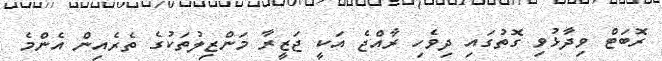
ރޮބަޓް ވިދާޅުވި ގޮތުގައި ދިވެހި ރާއްޖެ އަކީ ޖަޒީރާ މަންޒިލުތަކުގެ ތެރެއިން އެންމެ